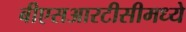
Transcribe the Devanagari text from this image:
बीएसआरटीसीमध्ये